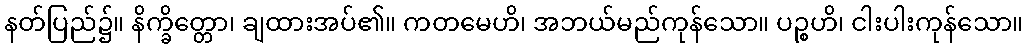
နတ်ပြည်၌။ နိက္ခိတ္တော၊ ချထားအပ်၏။ ကတမေဟိ၊ အဘယ်မည်ကုန်သော။ ပဉ္စဟိ၊ ငါးပါးကုန်သော။